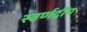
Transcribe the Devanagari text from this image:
स्वर्णद्वीप